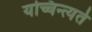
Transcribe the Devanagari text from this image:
यच्चिन्त्यते